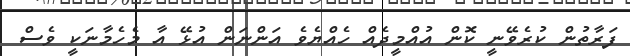
ފަރާތުން ކުރެވޭނީ ކޮން އުއްމީދެއް ހެއްޔެވެ އަންނަން އުޅޭ އާ މެހެމާނަކީ ވެސް